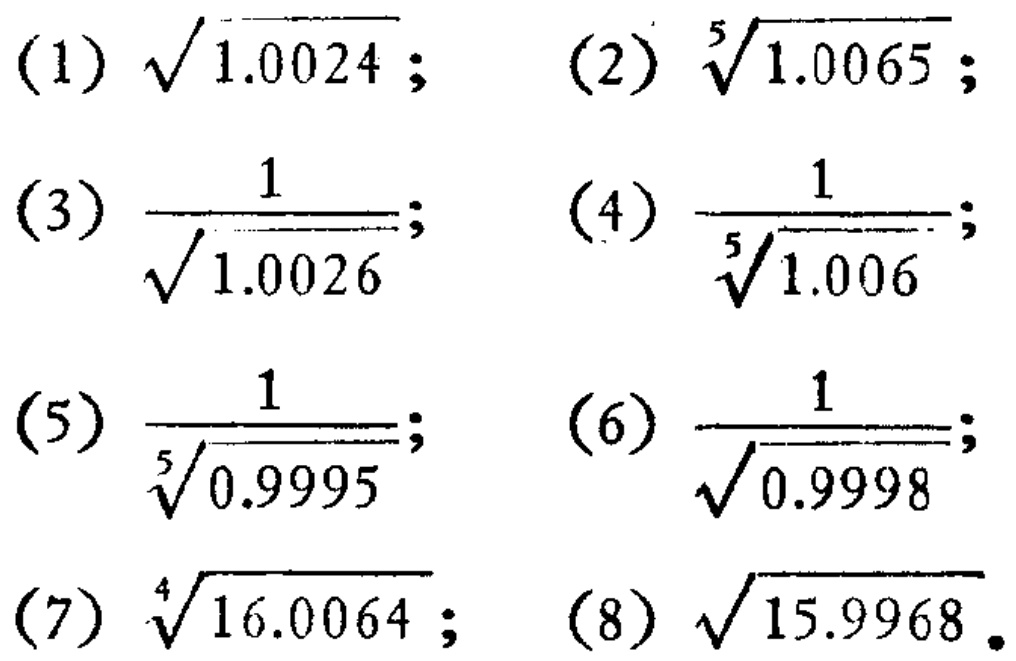
(1) $\sqrt{1.0024}$; (2) $\sqrt[5]{1.0065}$;
(3) $\frac{1}{\sqrt{1.0026}}$; (4) $\frac{1}{\sqrt[5]{1.006}}$;
(5) $\frac{1}{\sqrt[5]{0.9995}}$; (6) $\frac{1}{\sqrt{0.9998}}$;
(7) $\sqrt[4]{16.0064}$; (8) $\sqrt{15.9968}$.